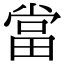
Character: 當